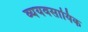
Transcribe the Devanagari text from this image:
व्ययवसायिक